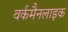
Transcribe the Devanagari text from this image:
वर्कमैनलाइक